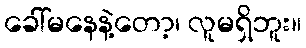
ခေါ်မနေနဲ့တော့၊ လူမရှိဘူး။